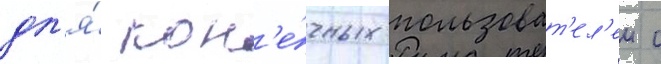
дл'я́ кон'е́чных пользоват'ел'еи с